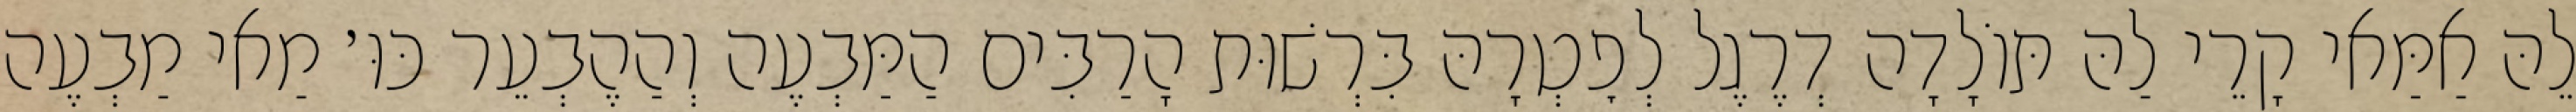
לֵהּ אַמַּאי קָרֵי לַהּ תּוֹלָדָה דְרֶגֶל לְפׇטְרָהּ בִּרְשׁוּת הָרַבִּים הַמַּבְעֶה וְהַהֶבְעֵר כּוּ׳ מַאי מַבְעֶה